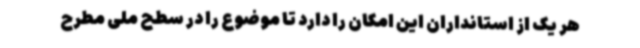
هر یک از استانداران این امکان را دارد تا موضوع را در سطح ملی مطرح